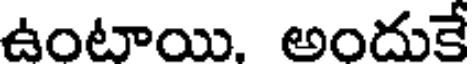
ఉంటాయి. అందుకే